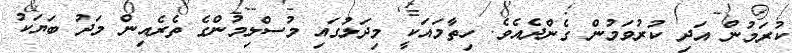
ކުރަމުން އަދި ކުރުވަމުން ގެންދެއެވެ. ހިތާމައަކީ މިދަލުގައި މުސްލިމުންގެ ތެރެއިން މަދު ބަޔަކު